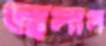
জ্বলাল